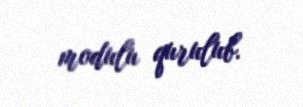
modulu qurulub.